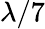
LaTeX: \lambda/7